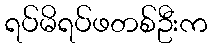
ရပ်မိရပ်ဖတစ်ဦးက